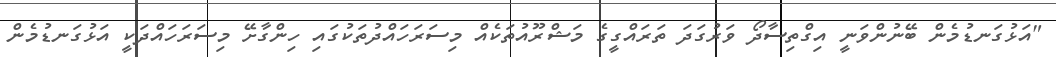
"އަޅުގަނޑުމެން ބޭނުންވަނީ އިގްތިސާދޯ ވަރުގަދަ ތަރައްގީގެ މަޝްރޫއުތަކެއް މިސަރަހައްދުތަކުގައި ހިންގާށޭ މިސަރަހައްދަކީ އަޅުގަނޑުމެން